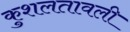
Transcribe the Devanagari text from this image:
कुशलतावली